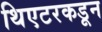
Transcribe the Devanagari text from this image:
थिएटरकडून